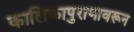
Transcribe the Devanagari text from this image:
कालिकापुराणावरून